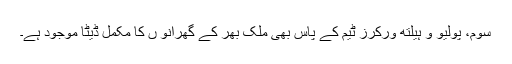
سوم، پولیو و ہیلتھ ورکرز ٹیم کے پاس بھی ملک بھر کے گھرانو ں کا مکمل ڈیٹا موجود ہے۔